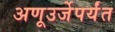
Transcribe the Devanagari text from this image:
अणूउर्जेपर्यंत